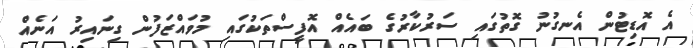
އެ އޮޑިޓުން އެނގުނު ގޮތުގައި ސަރުކާރުގެ ބައެއް އޮފީސްތަކުގައި މުވައްޒަފުން ގިނައިރު އަނެއް